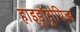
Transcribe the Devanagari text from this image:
हाइड्रॉट्रोपिज्म